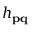
h _ { \mathbf { p q } }